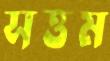
সত্তম